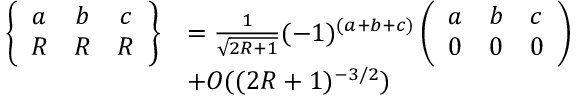
\begin{array} { r l } { \left\{ \begin{array} { c c c } { a } & { b } & { c } \\ { R } & { R } & { R } \end{array} \right\} } & { = \frac { 1 } { \sqrt { 2 R + 1 } } ( - 1 ) ^ { ( a + b + c ) } \left( \begin{array} { c c c } { a } & { b } & { c } \\ { 0 } & { 0 } & { 0 } \end{array} \right) } \\ & { + O ( ( 2 R + 1 ) ^ { - 3 / 2 } ) } \end{array}